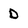
Character: D